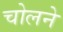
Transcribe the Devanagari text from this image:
चोलने